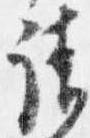
請